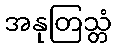
အနုတြသ္တံ